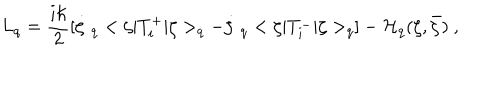
LaTeX: L _ { q } = \frac { i \hbar } { 2 } [ \dot { \zeta } \ _ { q } < \zeta | T _ { i } ^ { + } | \zeta > _ { q } - \dot { \zeta } \ _ { q } < \zeta | T _ { i } ^ { - } | \zeta > _ { q } ] - { \cal H } _ { q } ( \zeta , \bar { \zeta } ) \ ,